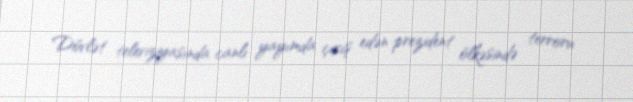
Dövlət televiziyasında canlı yayımda çıxış edən prezident ölkəsində terroru